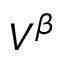
V ^ { \beta }